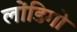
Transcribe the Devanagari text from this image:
लोंडिगो